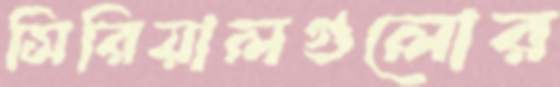
সিরিয়ালগুলোর